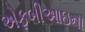
એફબીઆઇના